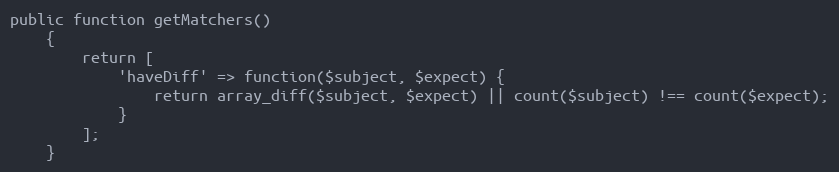
Language: PHP
public function getMatchers()
    {
        return [
            'haveDiff' => function($subject, $expect) {
                return array_diff($subject, $expect) || count($subject) !== count($expect);
            }
        ];
    }